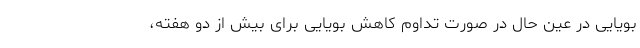
بویایی در عین حال در صورت تداوم کاهش بویایی برای بیش از دو هفته،